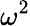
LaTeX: \omega^{2}